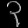
Digit: ၃